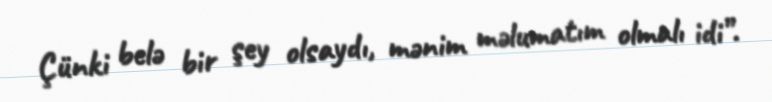
Çünki belə bir şey olsaydı, mənim məlumatım olmalı idi”.